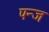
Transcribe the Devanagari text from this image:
पन्ज